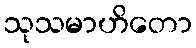
သုသမာဟိတော